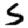
Digit: 5